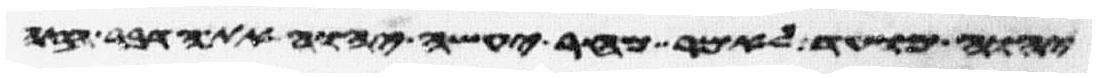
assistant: יהוה מועד לאמר מחר יעשה יהוה את הדבר הזה